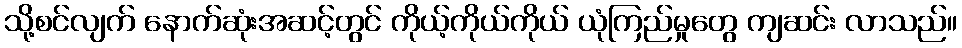
သို့စင်လျက် နောက်ဆုံးအဆင့်တွင် ကိုယ့်ကိုယ်ကိုယ် ယုံကြည်မှုတွေ ကျဆင်း လာသည်။